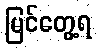
မြင်တွေ့ရ